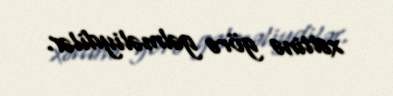
xəttinə görə gəlməliydilər.